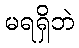
မရရှိဘဲ